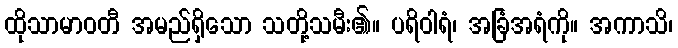
ထိုသာမာဝတီ အမည်ရှိသော သတို့သမီး၏။ ပရိဝါရံ၊ အခြံအရံကို။ အကာသိ၊